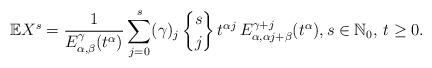
LaTeX: \begin{align*} \mathbb E X^s = \frac1{E_{\alpha, \beta}^\gamma(t^\alpha) } \sum_{j=0}^s (\gamma)_j\,{s \brace j} \,t^{\alpha j}\, E_{\alpha, \alpha j+\beta}^{\gamma+j}(t^\alpha), s \in \mathbb N_0,\, t \geq 0. \end{align*}